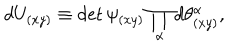
d U _ { ( x y ) } \equiv \det \psi _ { ( x y ) } \prod _ { \alpha } d \theta _ { ( x y ) } ^ { \alpha } ,